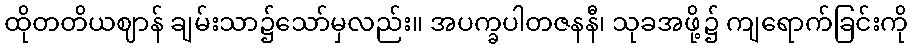
ထိုတတိယဈာန် ချမ်းသာ၌သော်မှလည်း။ အပက္ခပါတဇနနီ၊ သုခအဖို့၌ ကျရောက်ခြင်းကို